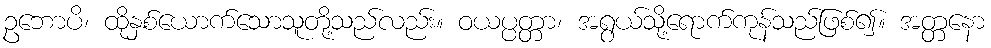
ဥဘောပိ၊ ထိုနှစ်ယောက်သောသူတို့သည်လည်း။ ဝယပ္ပတ္တာ၊ အရွယ်သို့ရောက်ကုန်သည်ဖြစ်၍။ အတ္တနော